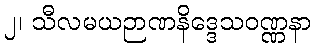
၂၊ သီလမယဉာဏနိဒ္ဒေသဝဏ္ဏနာ